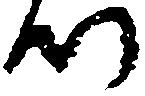
つ